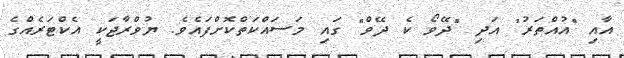
އާއި "އުއްތަރު" އަދި "ދޭވޯ ކެ ދޭވް" ގައި މަސައްކަތްކޮށްފައެވެ. ޔުވްރާޖަކީ އެކްޓަރެއްގެ